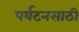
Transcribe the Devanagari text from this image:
पर्यटनसाठी